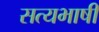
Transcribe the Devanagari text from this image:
सत्यभाषी